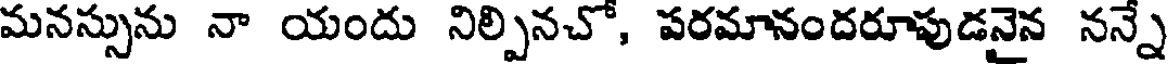
మనస్సును నా యందు నిల్పినచో, పరమానందరూపుడనైన నన్నే